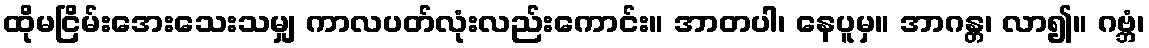
ထိုမငြိမ်းအေးသေးသမျှ ကာလပတ်လုံးလည်းကောင်း။ အာတပါ၊ နေပူမှ။ အာဂန္တ၊ လာ၍။ ဂဗ္ဘံ၊